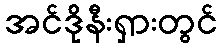
အင်ဒိုနီးရှားတွင်